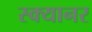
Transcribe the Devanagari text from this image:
स्क्यानर